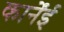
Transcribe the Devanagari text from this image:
कार्नेंई